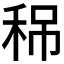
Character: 𥞡